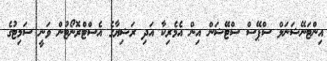
އިންޓަނޭޝަނަލް ސްޕޭސް ސްޓޭޝަން އިން އެމެރިކާ އަދި ރަޝިޔާގެ އެސްޓްރޮނޯޓުން ވަނީ ސަމިޓުގެ